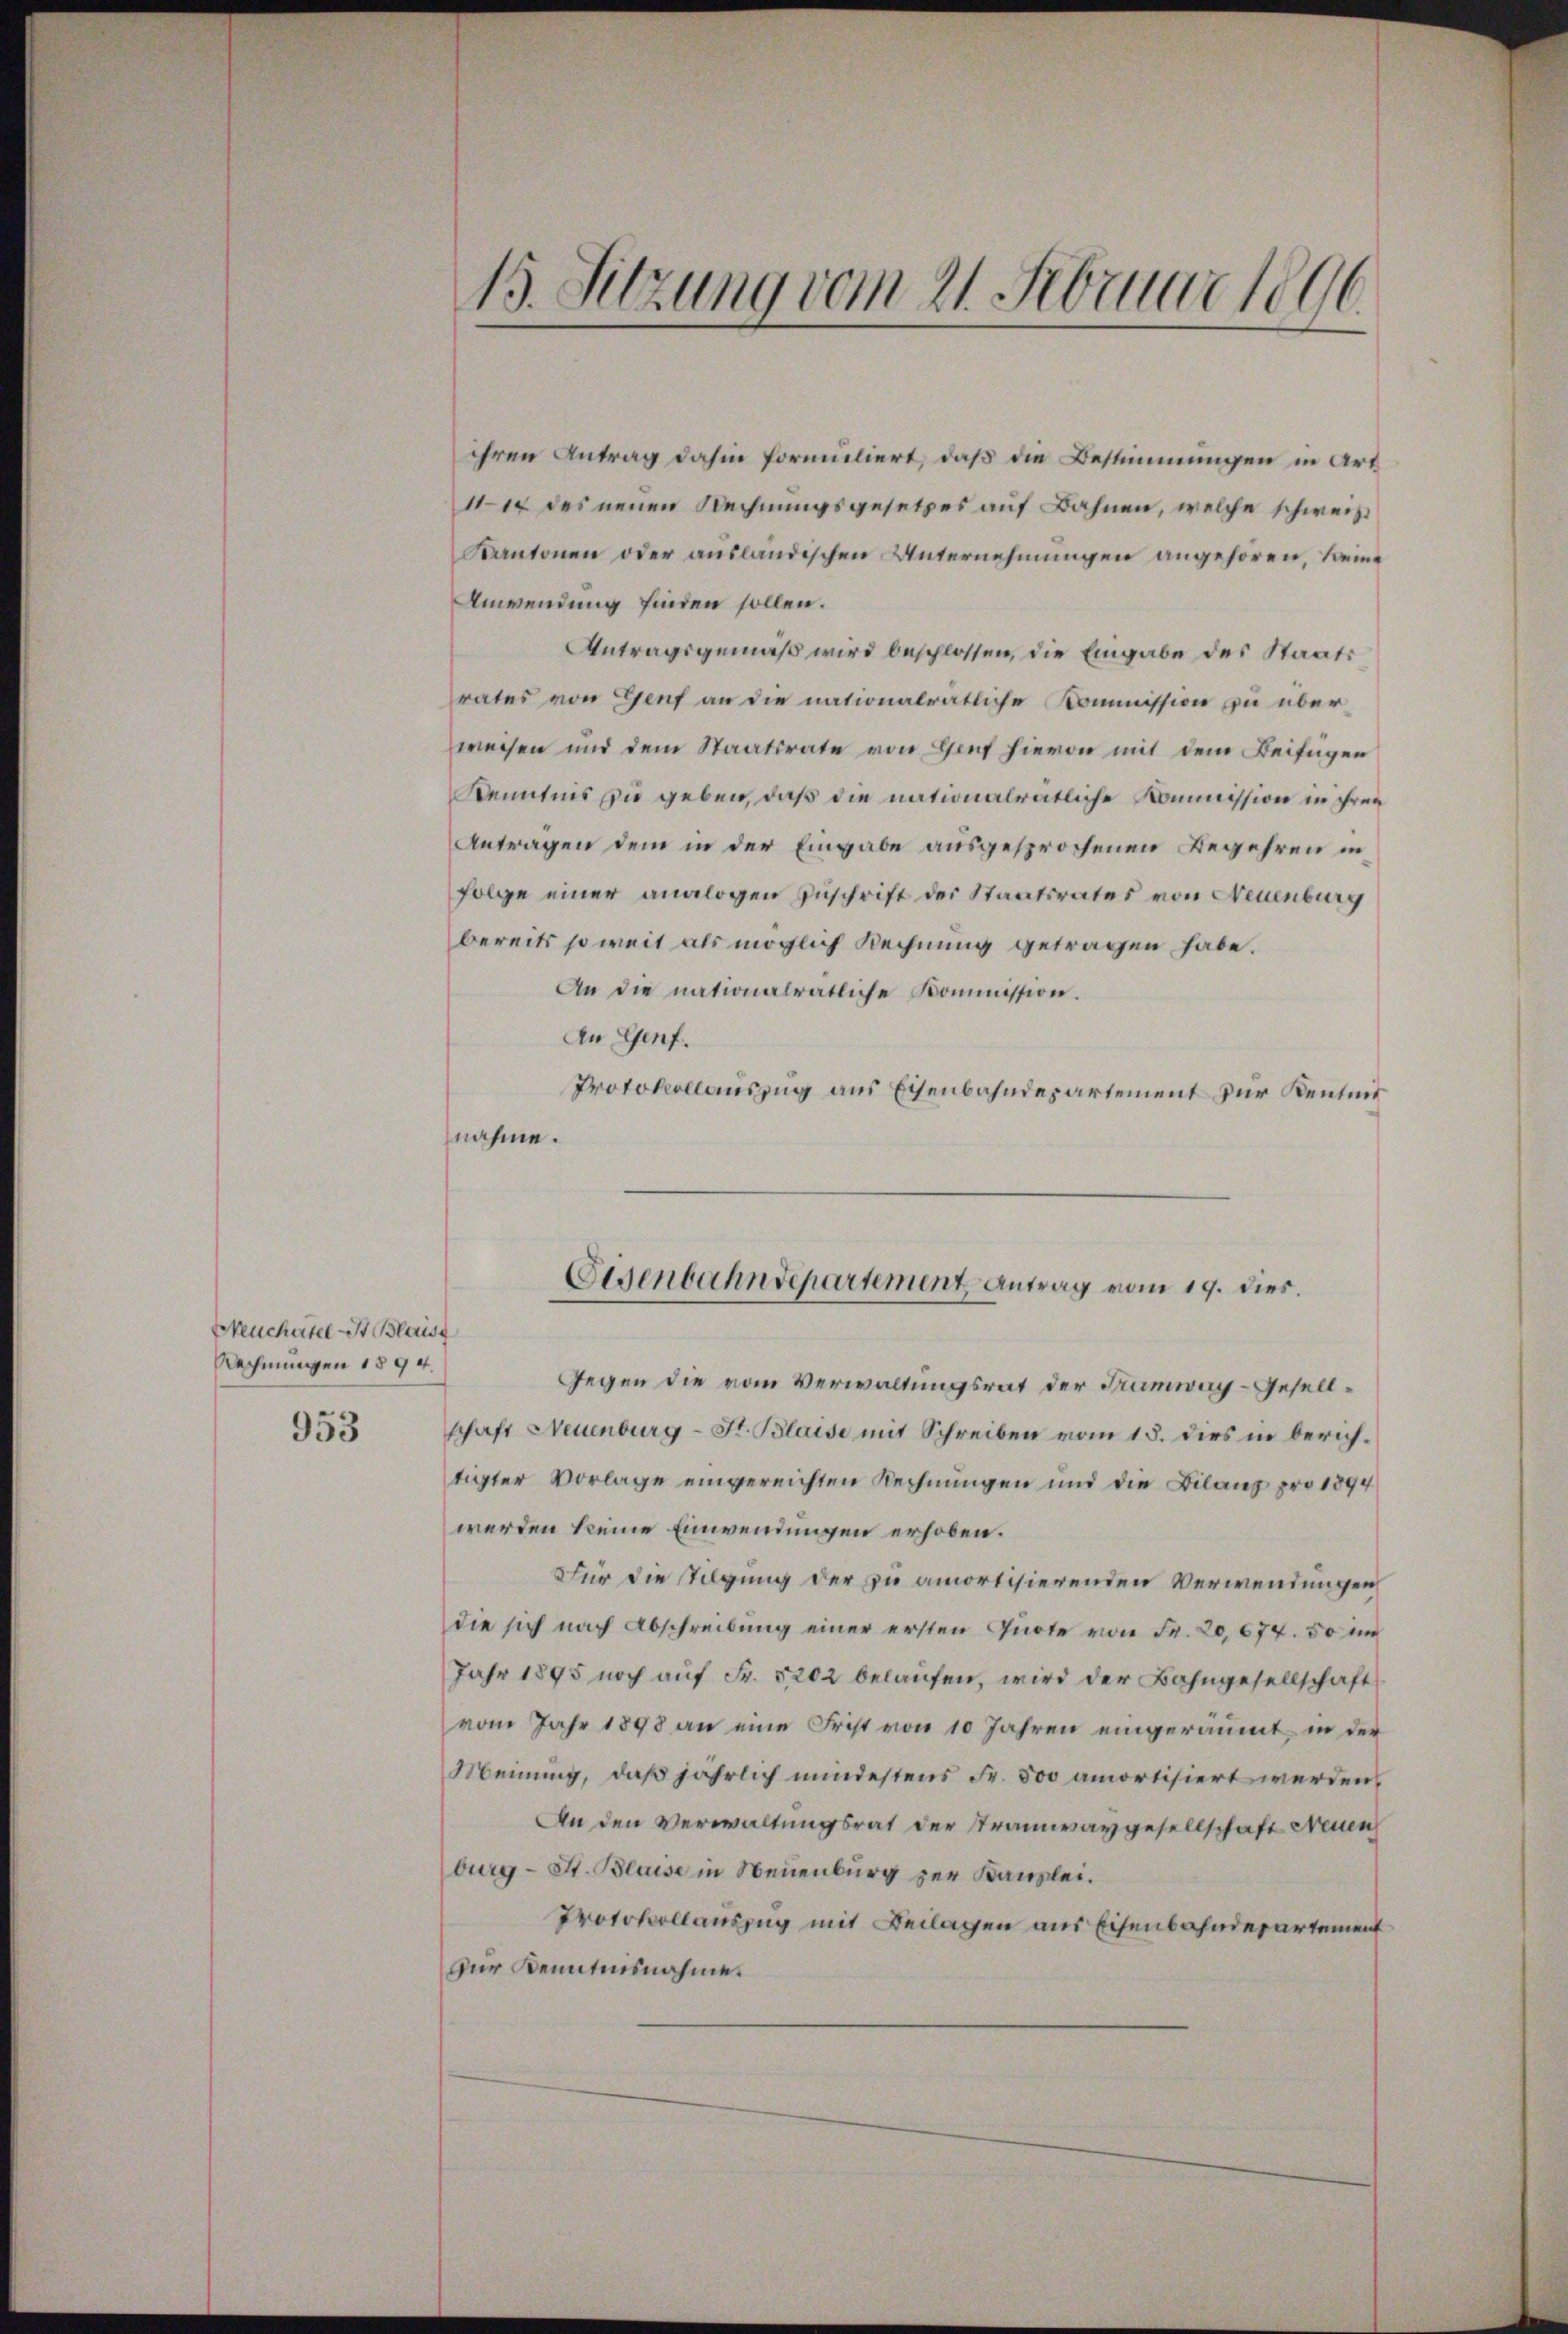
Neuchatel St Blaist
Rechnungen 1894.
953

15. Sitzung vom 21. Februar 1896

ihren Antrag dahin formuliert, daß die Bestimmungen in Art
1114 des neuen Rechnungsgesetzes auf Bahnen, welche schweiz
Kantonen oder ausländischen Unternehmungen angehören, keine
Anwendung finden sollen.
Antragsgemäß wird beschlossen, die Eingabe des Staatsrates von Genf an die nationalratliche Kommission zu überweisen und dem Staatsrate von Genf hievon mit dem Beifügen
Kenntnis zu geben, daß die nationalratliche Kommission in ihren
Antragen dem in der Eingabe ausgesprochenen Begehren in
folge einer analogen Zuschrift der Staatsrates von Neuenburg
bereits so weit als möglich Rechnung getragen habe.
An die nationalratliche Kommission.
An Genf.
Protokollauszug aus Eisenbahndepartement zur Kentnis
nahme.
Eisenbahndepartement Antrag vom 19. dies
Gegen die vom Verwaltungsrat der Tramway-Gesellschaft Neuenburg - St. Blaise mit Schreiben vom 15. dies in berichtigter Vorlage eingereichten Rechnungen und die Bilanz pro 1894
werden keine Einwendungen erhoben.
Für die Tilgung der zu amortisierenden Verwendungen
die sich nach Abschreibung einer ersten Gürte von Fr. 20, 674. 50 un
Jahr 1895 noch auf Fr. 5202 belaufen, wird der Bahngesellschaft
vom Jahr 1898 an eine Frist von 10 Jahren eingeräumt in der
Meinung, daß jährlich mindestens Fr. 500 amortisiert werden,
An den Verwaltungsrat der Stramwaygesellschaft Neuen
burg - St. Blaise in Neuenburg zur Kanzlei.
Protokollauszug mit Beilagen aus Eisenbahndepartement
Dur Kenntnisnahme.